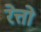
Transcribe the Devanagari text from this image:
रेत्तो